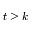
t \geq k